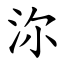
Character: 沵